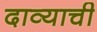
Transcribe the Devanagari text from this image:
दाव्याची